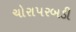
ચોરાપરબડી